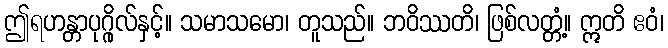
ဤရဟန္တာပုဂ္ဂိုလ်နှင့်။ သမာသမော၊ တူသည်။ ဘဝိဿတိ၊ ဖြစ်လတ္တံ့။ ဣတိ ဧဝံ၊